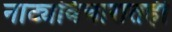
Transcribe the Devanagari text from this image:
नाट्यविचारातही